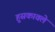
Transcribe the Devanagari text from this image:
हुसकावले